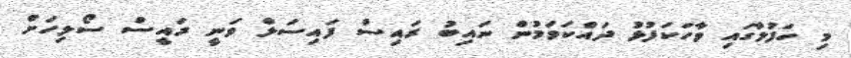
މި ހަފުލާގައި ވާހަކަފުޅު ދައްކަވަމުން ނައިބު ރައިސް ފައިސަލް ވަނީ ރައީސް ސޯލިހަށް